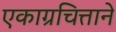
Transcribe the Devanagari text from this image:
एकाग्रचित्ताने